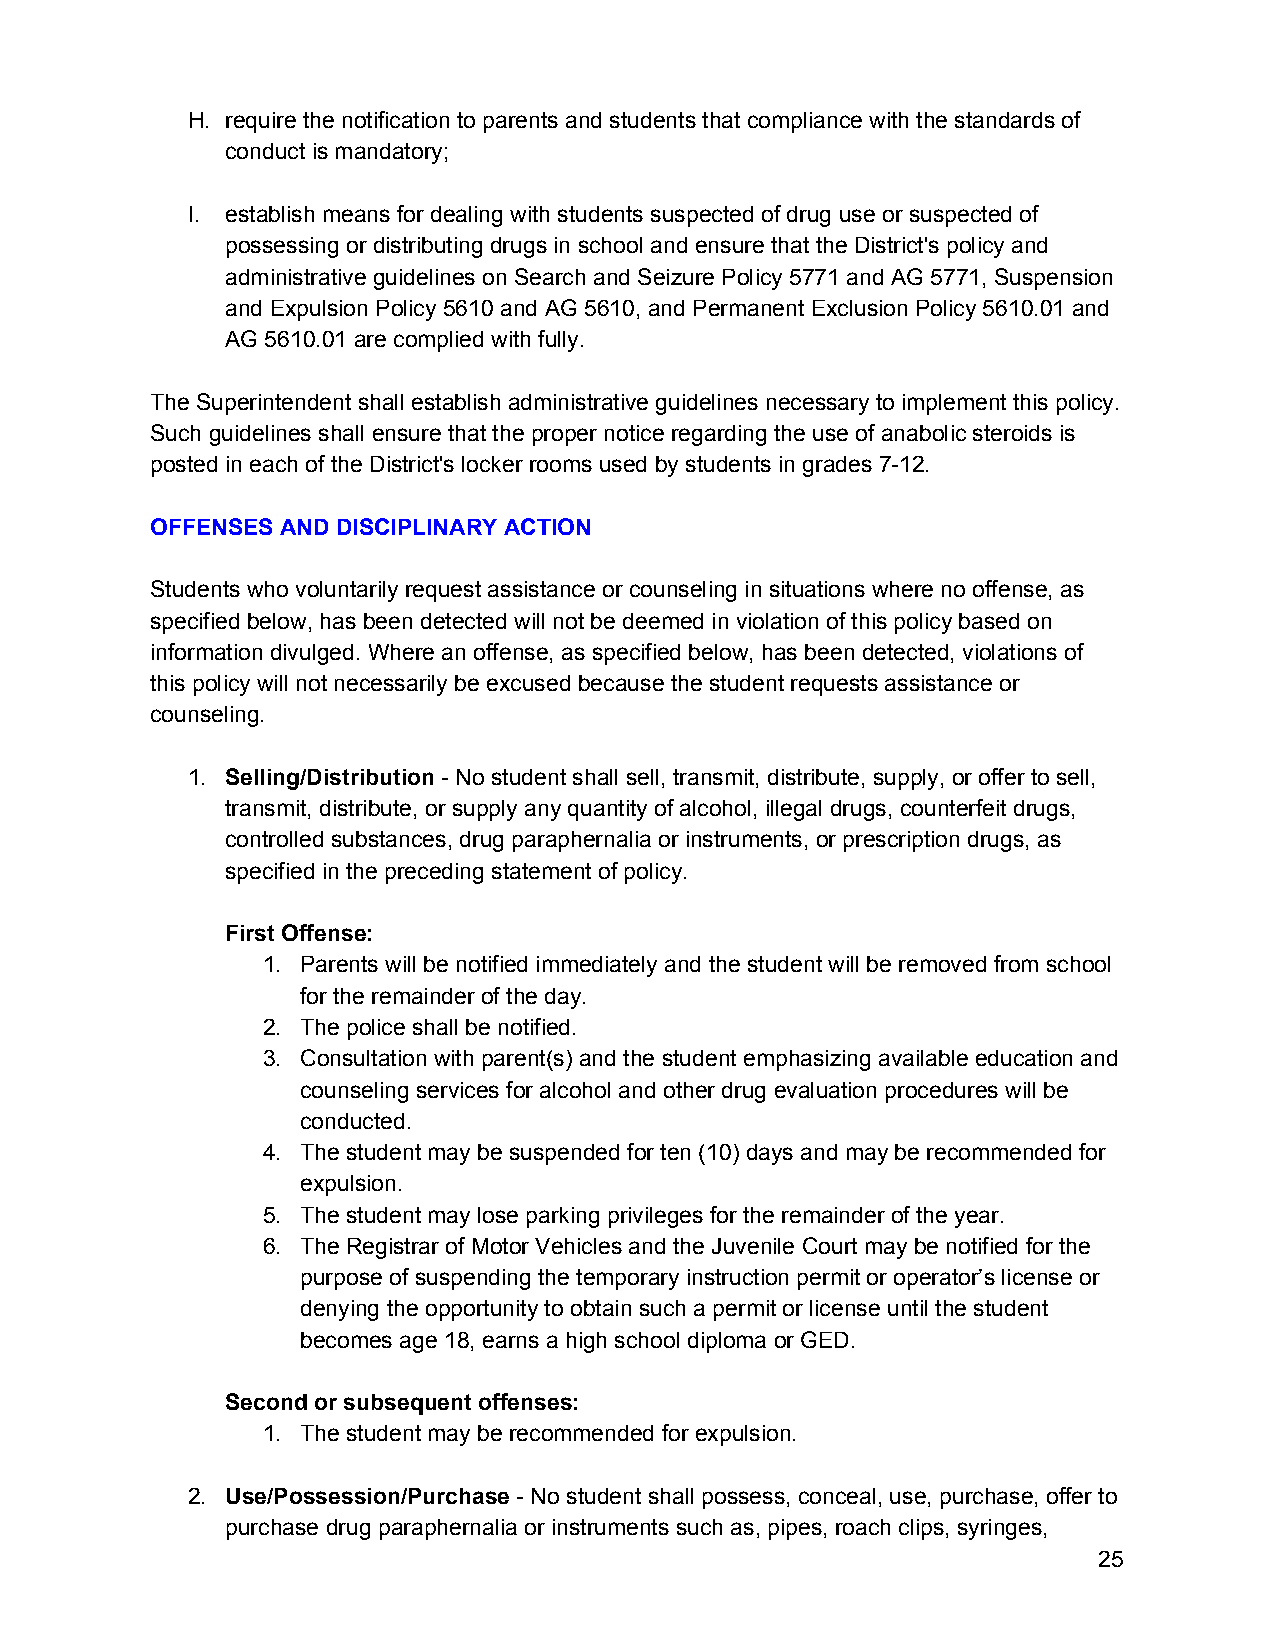
H. require the notification to parents and students that compliance with the standards of
 conduct is mandatory;
 I. establish means for dealing with students suspected of drug use or suspected of
 possessing or distributing drugs in school and ensure that the District's policy and
 administrative guidelines on Search and Seizure Policy 5771 and AG 5771, Suspension
 and Expulsion Policy 5610 and AG 5610, and Permanent Exclusion Policy 5610.01 and
 AG 5610.01 are complied with fully.
 The Superintendent shall establish administrative guidelines necessary to implement this policy.
 Such guidelines shall ensure that the proper notice regarding the use of anabolic steroids is
 posted in each of the District's locker rooms used by students in grades 7-12.
 OFFENSES AND DISCIPLINARY ACTION
 Students who voluntarily request assistance or counseling in situations where no offense, as
 specified below, has been detected will not be deemed in violation of this policy based on
 information divulged. Where an offense, as specified below, has been detected, violations of
 this policy will not necessarily be excused because the student requests assistance or
 counseling.
 1. Selling/Distribution - No student shall sell, transmit, distribute, supply, or offer to sell,
 ​
 transmit, distribute, or supply any quantity of alcohol, illegal drugs, counterfeit drugs,
 controlled substances, drug paraphernalia or instruments, or prescription drugs, as
 specified in the preceding statement of policy.
 First Offense:
 1. Parents will be notified immediately and the student will be removed from school
 for the remainder of the day.
 2. The police shall be notified.
 3. Consultation with parent(s) and the student emphasizing available education and
 counseling services for alcohol and other drug evaluation procedures will be
 conducted.
 4. The student may be suspended for ten (10) days and may be recommended for
 expulsion.
 5. The student may lose parking privileges for the remainder of the year.
 6. The Registrar of Motor Vehicles and the Juvenile Court may be notified for the
 purpose of suspending the temporary instruction permit or operator’s license or
 denying the opportunity to obtain such a permit or license until the student
 becomes age 18, earns a high school diploma or GED.
 Second or subsequent offenses:
 1. The student may be recommended for expulsion.
 2. Use/Possession/Purchase - No student shall possess, conceal, use, purchase, offer to
 ​
 purchase drug paraphernalia or instruments such as, pipes, roach clips, syringes,
 25